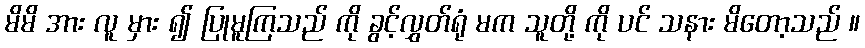
မိမိ အား လူ မှား ၍ ပြုမူကြသည် ကို ခွင့်လွှတ်ရုံ မက သူတို့ ကို ပင် သနား မိတော့သည် ။